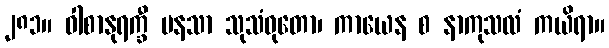
၂၈၁။ ဝါစာနုရက္ခီ မနသာ သုသံဝုတော၊ ကာယေန စ နာကုသလံ ကယိရာ။